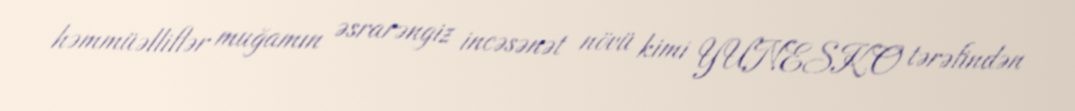
həmmüəlliflər muğamın əsrarəngiz incəsənət növü kimi YUNESKO tərəfindən